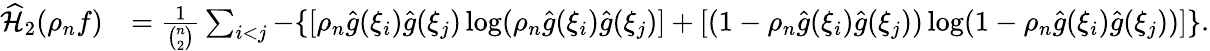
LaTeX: \begin{array}{rl}{\widehat{\mathcal{H}}_{2}(\rho_{n}f)}&{=\frac{1}{{\binom{n}{2}}}\sum_{i<j}-\{ [{\rho}_{n}\hat{g}(\xi_{i})\hat{g}(\xi_{j})\log({\rho}_{n}\hat{g}(\xi_{i})\hat{g}(\xi_{j})]+[(1-{\rho}_{n}\hat{g}(\xi_{i})\hat{g}(\xi_{j}))\log(1-{\rho}_{n}\hat{g}(\xi_{i})\hat{g}(\xi_{j}))]\} .}\end{array}